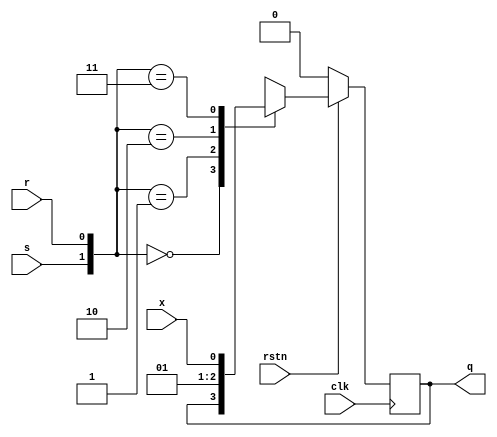
module srff(input clk,rstn,s,r,x,
            output reg q);
  always@(posedge clk) begin
    if(!rstn)
      q<=0;
    else
      case({s,r})
        2'b00:q<=q;
        2'b01:q<=0;
        2'b10:q<=1;
        2'b11:q<=x;
        default:$display("invalid input");
      endcase
  end
endmodule